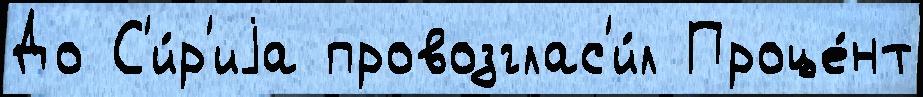
До С'и́р'иjа провозглас'и́л Проце́нт